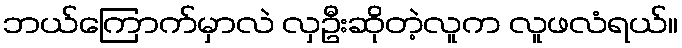
ဘယ်ကြောက်မှာလဲ လှဦးဆိုတဲ့လူက လူဖလံရယ်။